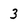
Character: 3